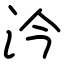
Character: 汵